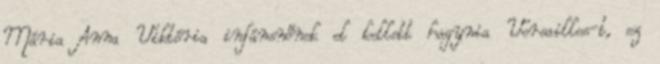
Mária Anna Viktória infánsnőnek el kellett hagynia Versailles-t, ez